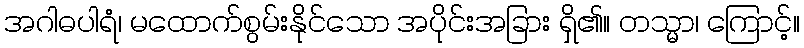
အဂါဓပါရံ၊ မထောက်စွမ်းနိုင်သော အပိုင်းအခြား ရှိ၏။ တသ္မာ၊ ကြောင့်။